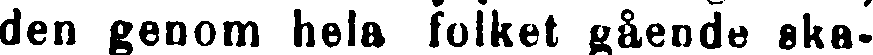
den genom hela folket gående ska-